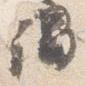
謂